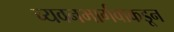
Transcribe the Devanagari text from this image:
च्यवनभार्गवाकडून